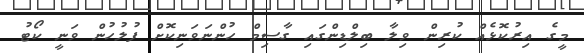
މީގެ އިރުކޮޅެއް ކުރިން ވިލާ ބިލްޑިންގައި ގާސިމް ހުންނަވަނިކޮށް ފުލުހުން ވަނީ ކޯޓު